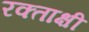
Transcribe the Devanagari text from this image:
रक्ताक्षी